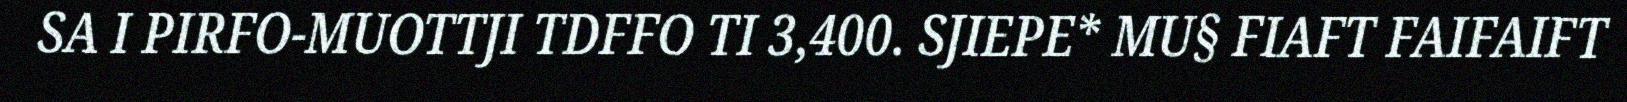
SA I PIRFO-MUOTTJI TDFFO TI 3,400. SJIEPE* MU§ FIAFT FAIFAIFT